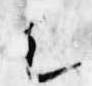
足